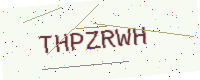
Text: THPZRWH